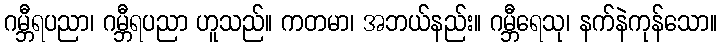
ဂမ္ဘီရပညာ၊ ဂမ္ဘီရပညာ ဟူသည်။ ကတမာ၊ အဘယ်နည်း။ ဂမ္ဘီရေသု၊ နက်နဲကုန်သော။